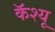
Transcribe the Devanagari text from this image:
कॅश्यू